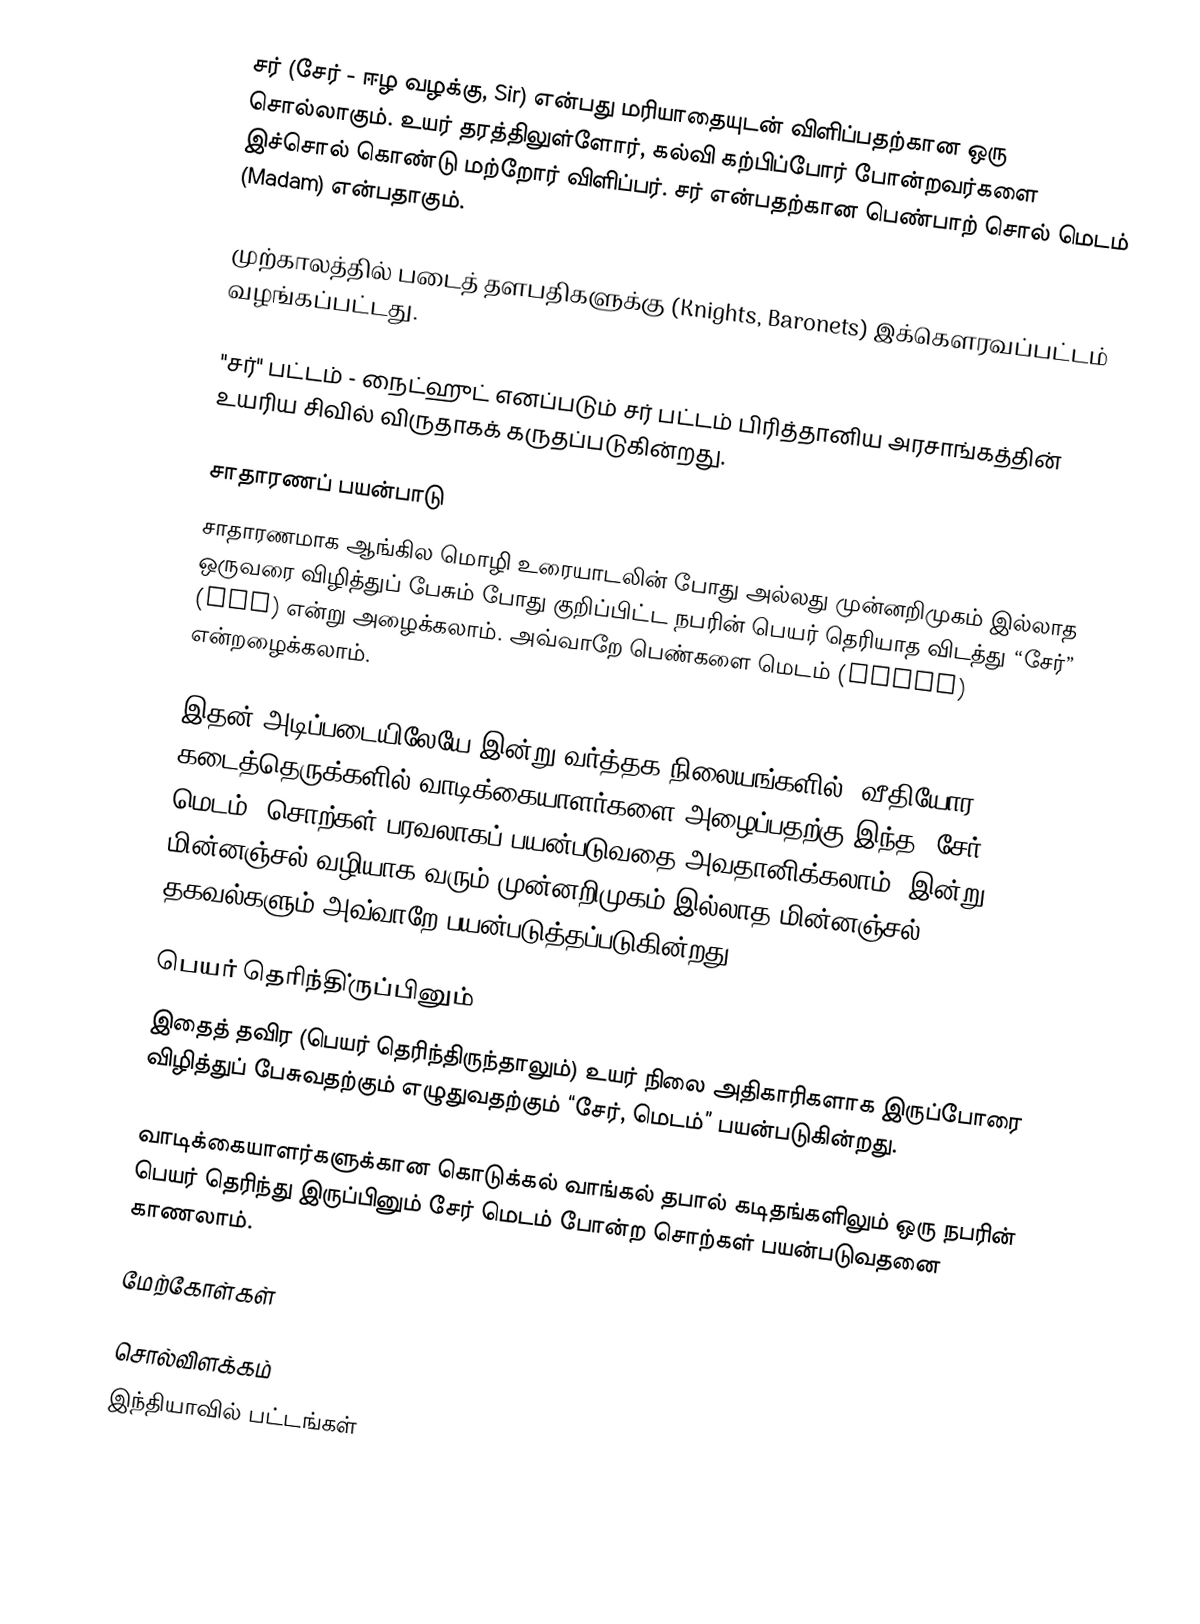
சர் (சேர் - ஈழ வழக்கு, Sir) என்பது மரியாதையுடன் விளிப்பதற்கான ஒரு சொல்லாகும். உயர் தரத்திலுள்ளோர், கல்வி கற்பிப்போர் போன்றவர்களை இச்சொல் கொண்டு மற்றோர் விளிப்பர். சர் என்பதற்கான பெண்பாற் சொல் மெடம் (Madam) என்பதாகும்.

முற்காலத்தில் படைத் தளபதிகளுக்கு (Knights, Baronets) இக்கௌரவப்பட்டம் வழங்கப்பட்டது.

"சர்" பட்டம் - நைட்ஹுட் எனப்படும் சர் பட்டம் பிரித்தானிய அரசாங்கத்தின் உயரிய சிவில் விருதாகக் கருதப்படுகின்றது.

சாதாரணப் பயன்பாடு
சாதாரணமாக ஆங்கில மொழி உரையாடலின் போது அல்லது முன்னறிமுகம் இல்லாத ஒருவரை விழித்துப் பேசும் போது குறிப்பிட்ட நபரின் பெயர் தெரியாத விடத்து “சேர்” (Sir) என்று அழைக்கலாம். அவ்வாறே பெண்களை மெடம் (Madam) என்றழைக்கலாம்.

இதன் அடிப்படையிலேயே இன்று வர்த்தக நிலையங்களில், வீதியோர கடைத்தெருக்களில் வாடிக்கையாளர்களை அழைப்பதற்கு இந்த "சேர் மெடம்" சொற்கள் பரவலாகப் பயன்படுவதை அவதானிக்கலாம். இன்று மின்னஞ்சல் வழியாக வரும் முன்னறிமுகம் இல்லாத மின்னஞ்சல் தகவல்களும் அவ்வாறே பயன்படுத்தப்படுகின்றது.

பெயர் தெரிந்தி்ருப்பினும்
இதைத் தவிர (பெயர் தெரிந்திருந்தாலும்) உயர் நிலை அதிகாரிகளாக இருப்போரை விழித்துப் பேசுவதற்கும் எழுதுவதற்கும் “சேர், மெடம்” பயன்படுகின்றது.

வாடிக்கையாளர்களுக்கான கொடுக்கல் வாங்கல் தபால் கடிதங்களிலும் ஒரு நபரின் பெயர் தெரிந்து இருப்பினும் சேர் மெடம் போன்ற சொற்கள் பயன்படுவதனை காணலாம்.

மேற்கோள்கள்

சொல்விளக்கம்
இந்தியாவில் பட்டங்கள்